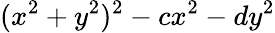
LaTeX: (x^{2}+y^{2})^{2}-cx^{2}-dy^{2}